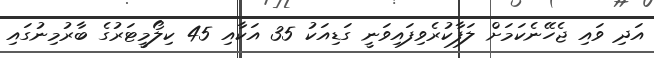
އަދި ވައި ޖެހޭނެކަމަށް ލަފާކުރެވިފައިވަނީ ގަޑިއަކު 35 އަކާއި 45 ކިލޯމީޓަރުގެ ބާރުމިނުގައި